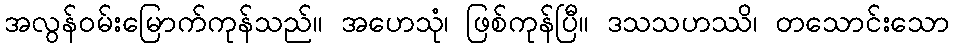
အလွန်ဝမ်းမြောက်ကုန်သည်။ အဟေသုံ၊ ဖြစ်ကုန်ပြီ။ ဒသသဟဿိ၊ တသောင်းသော